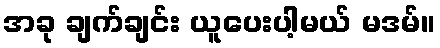
အခု ချက်ချင်း ယူပေးပါ့မယ် မဒမ်။